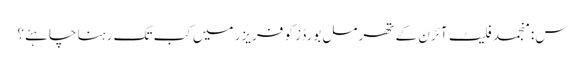
س: منجمد فلیٹ آئرن کے تھرمل بورڈز کو فریزر میں کب تک رہنا چاہئے؟